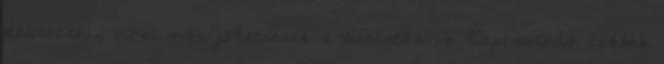
debreceni, most már jöhetnének a turisták is Kapcsolódó cikkek